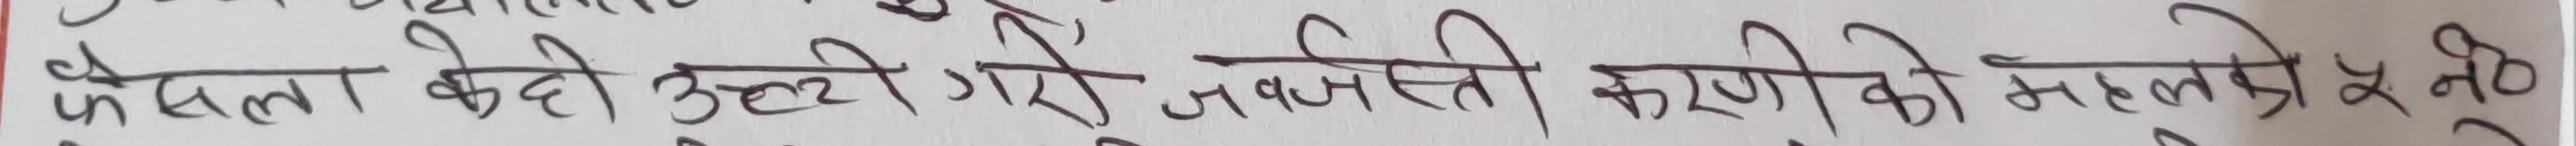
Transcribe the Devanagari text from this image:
फैसला केही उल्टो गरी जबर्जस्ती करणेको भन्नु परेछ।